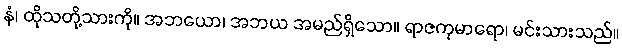
နံ၊ ထိုသတို့သားကို။ အဘယော၊ အဘယ အမည်ရှိသော။ ရာဇကုမာရော၊ မင်းသားသည်။